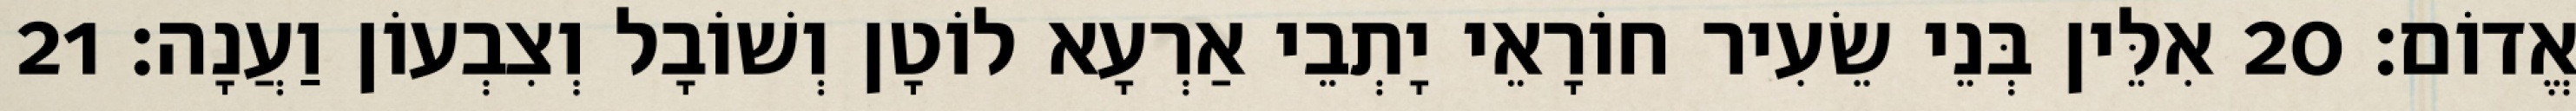
אֱדוֹם׃ 20 אִלֵּין בְּנֵי שֵׂעִיר חוֹרָאֵי יָתְבֵי אַרְעָא לוֹטָן וְשׁוֹבָל וְצִבְעוֹן וַעֲנָה׃ 21